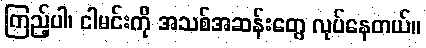
ကြည့်ပါ၊ ငါမင်းကို အသစ်အဆန်းတွေ လုပ်နေတယ်။